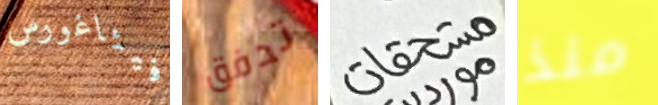
فيثاغورس تدفق مستحقات منذ